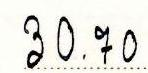
30.70